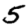
Digit: 5